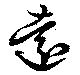
遠